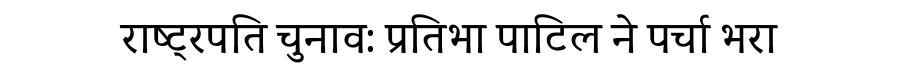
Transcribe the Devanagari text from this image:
राष्ट्रपति चुनाव: प्रतिभा पाटिल ने पर्चा भरा